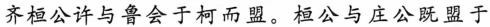
齐桓公许与鲁会于柯而盟，桓公与庄公既盟于